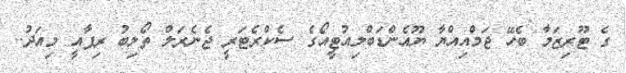
ގެ ޓޫރިޒަމާ ބެހޭ ޖަމްއިއްޔާ ޔޫއެންޑަބްލިއުޓީއޯގެ ސެކްރެޓަރީ ޖެނެރަލް ތޯލިބު ރިފާއީ މިއަދު..